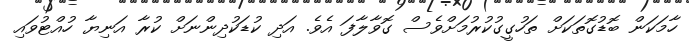
ހާމަކަން ބޮޑުގޮތަކަށް ތަހުގީގުކުރުމަށްވެސް ގޮވާލާފަ އެވެ. އަދި ކުޑަކުދިންނަށް ކުރާ އަނިޔާ ހުއްޓުވައި